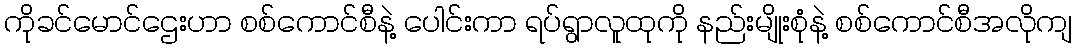
ကိုခင်မောင်ဌေးဟာ စစ်ကောင်စီနဲ့ ပေါင်းကာ ရပ်ရွာလူထုကို နည်းမျိုးစုံနဲ့ စစ်ကောင်စီအလိုကျ